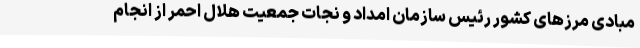
مبادی مرزهای کشور رئیس سازمان امداد و نجات جمعیت هلال احمر از انجام